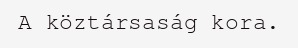
A köztársaság kora.